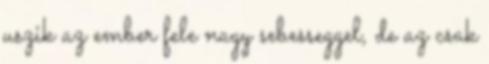
uszik az ember fele nagy sebesseggel, de az csak